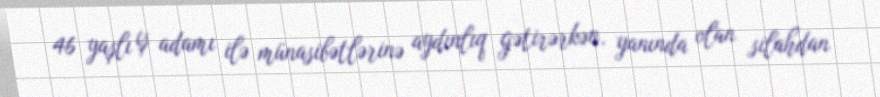
46 yaşlı iş adamı ilə münasibətlərinə aydınlıq gətirərkən, yanında olan silahdan